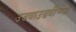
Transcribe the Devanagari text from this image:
उडवाउडवीच्या